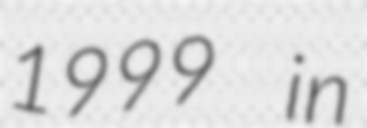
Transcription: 1999 in